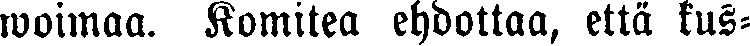
woimaa. Komitea ehdottaa, että kus-